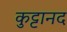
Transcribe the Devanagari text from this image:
कुट्टानद